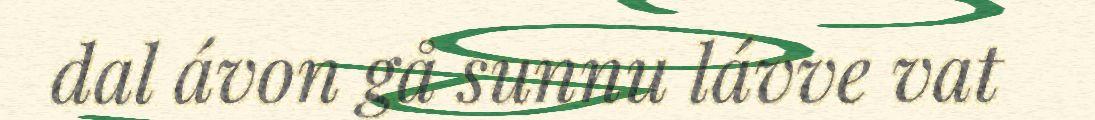
dal ávon gå sunnu lávve vat